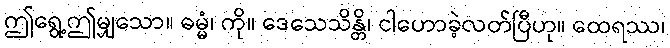
ဤရွေ့ဤမျှသော။ ဓမ္မံ၊ ကို။ ဒေသေသိန္တိ၊ ငါဟောခဲ့လတ်ပြီဟု။ ထေရဿ၊